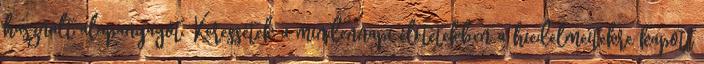
használt alapanyagot. Keressétek a mindennapi életetekben a hiedelmeitekre kapott